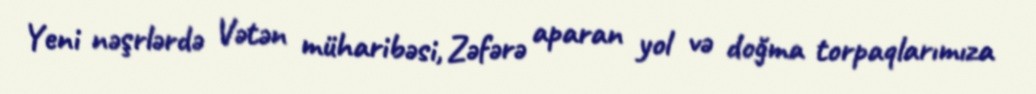
Yeni nəşrlərdə Vətən müharibəsi, Zəfərə aparan yol və doğma torpaqlarımıza